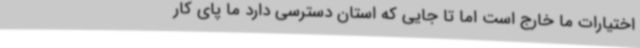
اختیارات ما خارج است اما تا جایی که استان دسترسی دارد ما پای کار